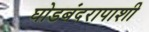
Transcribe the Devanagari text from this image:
घोडबंदरापाशी